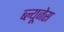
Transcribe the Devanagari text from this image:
ब्ल्यूजेस